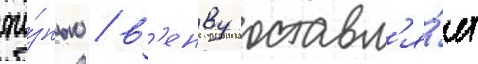
жи́знью / в'енву оставл'я́ет